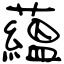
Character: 蘊